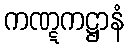
ကဏ္ဋကဋ္ဌာနံ